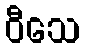
ဝီသေ